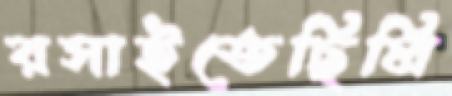
রসাইতেছিলি